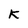
Character: K